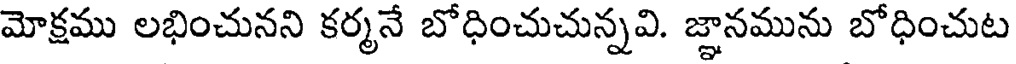
మోక్షము లభించునని కర్మనే బోధించుచున్నవి. జ్ఞానమును బోధించుట